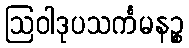
ဩဝါဒုပသင်္ကမနဉ္စ